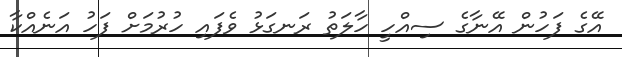
އޭގެ ފަހުން އޭނާގެ ސިއްހީ ހާލަތު ރަނގަޅު ވެފައި ހުރުމަށް ފަހު އަނެއްކާ